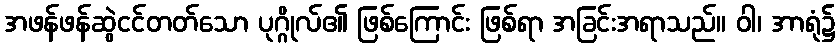
အဖန်ဖန်ဆွဲငင်တတ်သော ပုဂ္ဂိုလ်၏ ဖြစ်ကြောင်း ဖြစ်ရာ အခြင်းအရာသည်။ ဝါ၊ အာရုံ၌